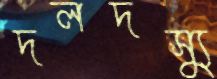
দলদস্যু